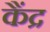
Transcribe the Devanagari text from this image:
कैंद्र